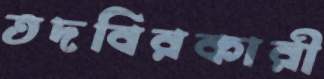
তদবিরকারী